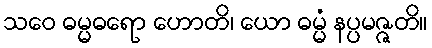
သဝေ ဓမ္မဓရော ဟောတိ၊ ယော ဓမ္မံ နပ္ပမဇ္ဇတိ။